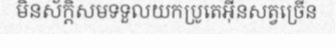
មិនស័ក្តិសមទទួលយកប្រូតេអ៊ីនសត្វច្រើន